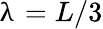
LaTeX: \uplambda=L/3